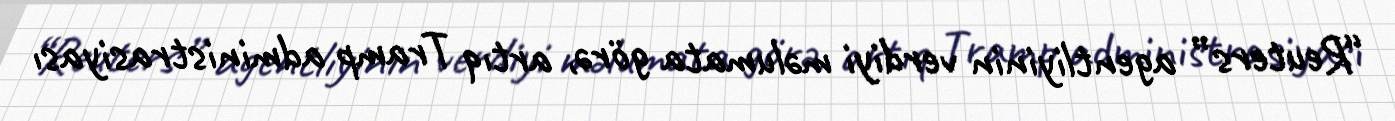
“Reuters” agentliyinin verdiyi məlumata görə, artıq Tramp administrasiyası